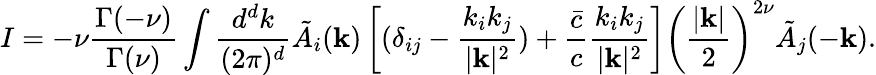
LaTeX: I=-\nu{\frac{\Gamma(-\nu)}{\Gamma(\nu)}}\int{\frac{d^{d}k}{(2\pi)^{d}}}\tilde{A}_{i}({\mathbf k})\left[(\delta_{ij}-{\frac{k_{i}k_{j}}{|{\mathbf k}|^{2}}})+{\frac{\bar{c}}{c}}{\frac{k_{i}k_{j}}{|{\mathbf k}|^{2}}}\right]\left({\frac{|{\mathbf k}|}{2}}\right)^{2\nu}\tilde{A}_{j}(-{\mathbf k}).